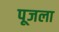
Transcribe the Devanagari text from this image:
पूजला